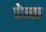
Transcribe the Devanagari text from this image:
पेन्क